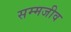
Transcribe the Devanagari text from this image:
सम्मजीव